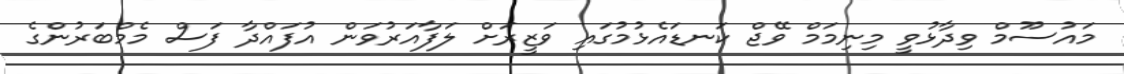
މައުސޫމް ވިދާޅުވީ މިނިމަމް ވޭޖް ކަނޑައެޅުމުގައި ވަޒީރަށް ލަފާއަރުވަން އުފައްދާ ފަސް މެމްބަރުންގެ